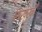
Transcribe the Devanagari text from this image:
सिख्खाँ